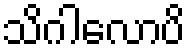
သိဂါလောပိ